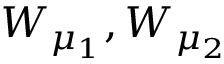
W _ { \mu _ { 1 } } , W _ { \mu _ { 2 } }